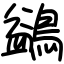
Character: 鷁